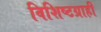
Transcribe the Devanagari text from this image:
विशिष्टग्राही